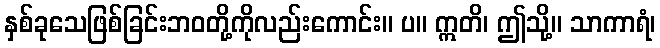
နှစ်ခုသေဖြစ်ခြင်းဘဝတို့ကိုလည်းကောင်း။ ပ။ ဣတိ၊ ဤသို့။ သာကာရံ၊